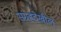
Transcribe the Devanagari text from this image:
संग्रहदेखील